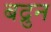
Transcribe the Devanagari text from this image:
बद्रुन